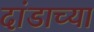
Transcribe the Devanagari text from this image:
दांडाच्या